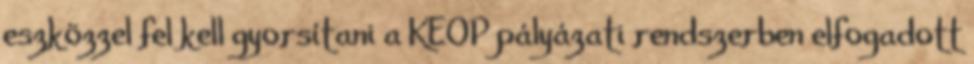
eszközzel fel kell gyorsítani a KEOP pályázati rendszerben elfogadott